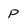
Character: P